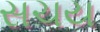
સચય